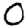
Digit: 0